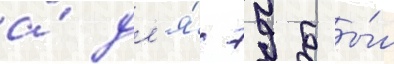
а́ дл'я́ 79 бы́л